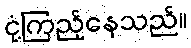
ငုံ့ကြည့်နေသည်။